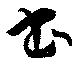
書